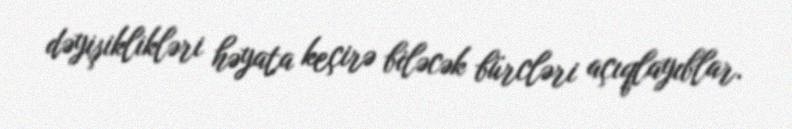
dəyişiklikləri həyata keçirə biləcək bürcləri açıqlayıblar.